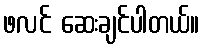
ဖလင် ဆေးချင်ပါတယ်။